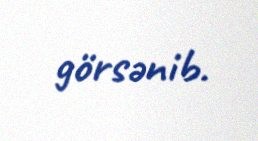
görsənib.